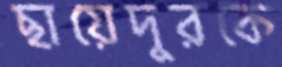
ছায়েদুরকে